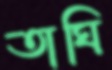
তাঘি